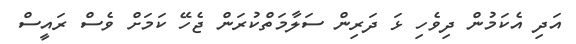
އަދި އެކަމުން ދިވެހި ޅަ ދަރިން ސަލާމަތްކުރަން ޖެހޭ ކަމަށް ވެސް ރައީސް